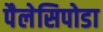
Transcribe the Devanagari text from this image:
पैलेसिपोडा